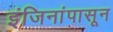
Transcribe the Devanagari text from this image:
इंजिनांपासून